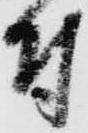
付